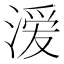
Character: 𭱵